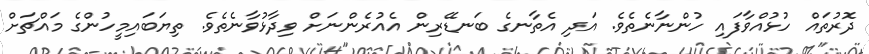
ދޮރުތައް ހުޅުއްވާފައި ހުންނާނެތެވެ. އަދި އެތާނގެ ބަނޑޭރިން އެއުރެންނަށް ވިދާޅުވާނެތެވެ. ތިޔަބައިމީހުންގެ މައްޗަށް